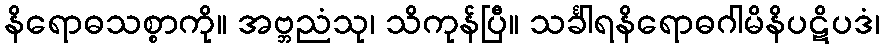
နိရောဓသစ္စာကို။ အဗ္ဘညံသု၊ သိကုန်ပြီ။ သင်္ခါရနိရောဓဂါမိနိပဋိပဒံ၊